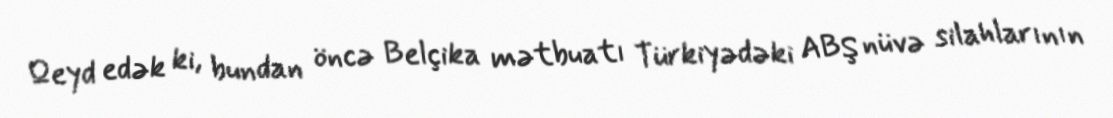
Qeyd edək ki, bundan öncə Belçika mətbuatı Türkiyədəki ABŞ nüvə silahlarının